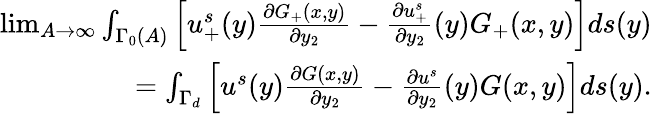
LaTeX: \begin{array}{r}{\operatorname*{lim}_{A\to\infty}\int_{\Gamma_{0}(A)}\left[u_{+}^{s}(y)\frac{\partial G_{+}(x,y)}{\partial y_{2}}-\frac{\partial u_{+}^{s}}{\partial y_{2}}(y)G_{+}(x,y)\right]ds(y)}\\ {=\int_{\Gamma_{d}}\left[u^{s}(y)\frac{\partial G(x,y)}{\partial y_{2}}-\frac{\partial u^{s}}{\partial y_{2}}(y)G(x,y)\right]ds(y).}\end{array}